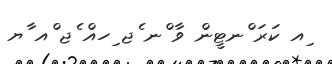
ިއ ކަރަ ްނޓީން ވާ ްނ ެޖ ިހއް ެޖ ްއ ާޔ